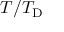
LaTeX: T / T _ { \mathrm { { D } } }